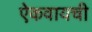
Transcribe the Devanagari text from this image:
ऐकवायची